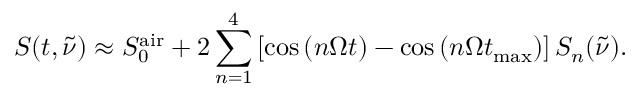
S ( t , \tilde { \nu } ) \approx S _ { 0 } ^ { \mathrm { a i r } } + 2 \sum _ { n = 1 } ^ { 4 } \left[ \cos \left( { n \Omega t } \right) - \cos \left( { n \Omega t _ { \mathrm { m a x } } } \right) \right] S _ { n } ( \tilde { \nu } ) .